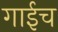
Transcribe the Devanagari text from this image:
गाईच